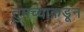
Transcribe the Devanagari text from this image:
तुमच्याक़डून